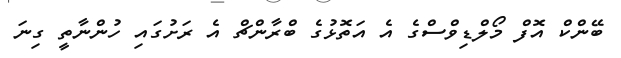
ބޭންކް އޮފް މޯލްޑިވްސްގެ އެ އަތޮޅުގެ ބްރާންޗް އެ ރަށުގައި ހުންނާތީ ގިނަ